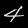
Digit: 4